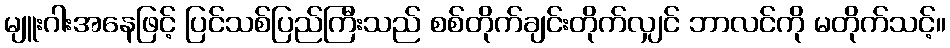
မျူးဂါးအနေဖြင့် ပြင်သစ်ပြည်ကြီးသည် စစ်တိုက်ချင်းတိုက်လျှင် ဘာလင်ကို မတိုက်သင့်။